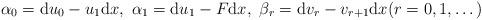
LaTeX: \begin{align*}\alpha_0=\mbox{d}u_0-u_1\mbox{d}x,\ \alpha_1=\mbox{d}u_1-F\mbox{d}x,\ \beta_r=\mbox{d}v_r-v_{r+1}\mbox{d}x(r=0,1,\ldots\,)\end{align*}